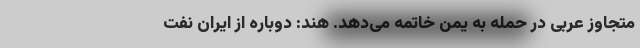
متجاوز عربی در حمله به یمن خاتمه می‌دهد. هند: دوباره از ایران نفت